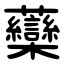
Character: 虊